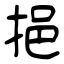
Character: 挹